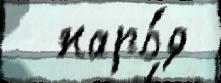
  наро́д